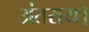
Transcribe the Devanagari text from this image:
अंतराय।